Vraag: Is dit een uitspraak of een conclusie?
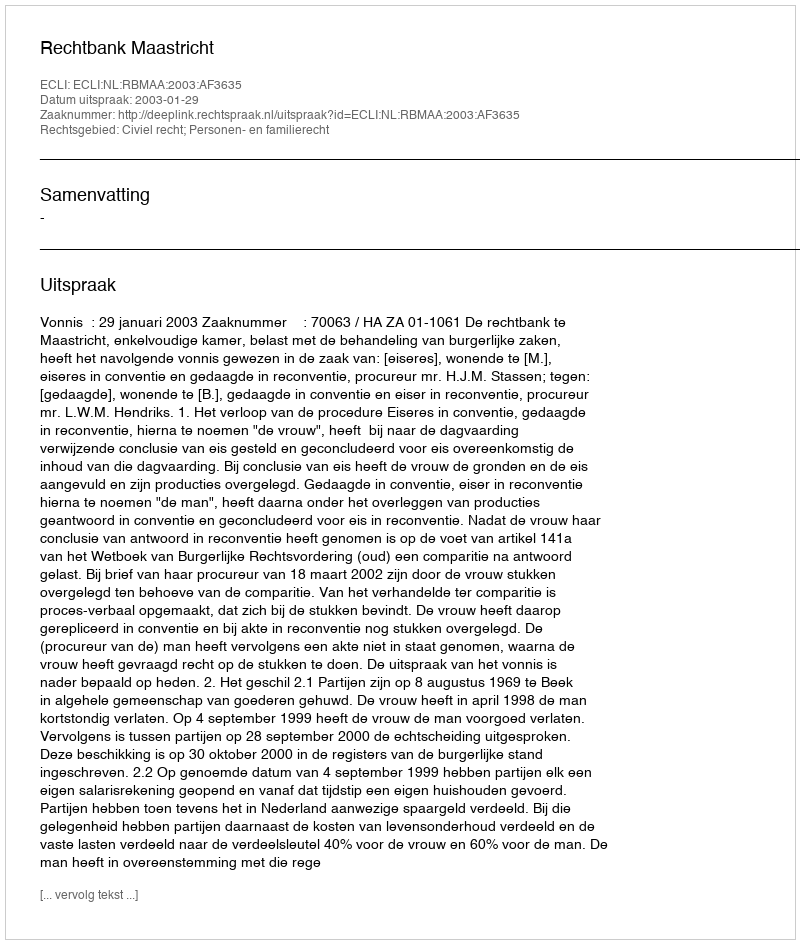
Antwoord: Uitspraak